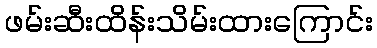
ဖမ်းဆီးထိန်းသိမ်းထားကြောင်း